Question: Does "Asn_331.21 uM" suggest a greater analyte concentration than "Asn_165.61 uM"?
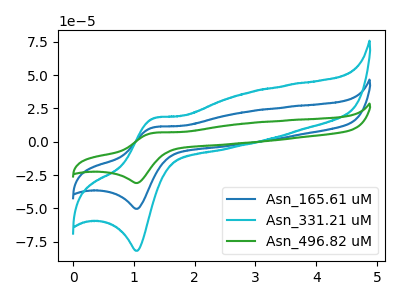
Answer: <think>The blue curve "Asn_165.61 uM" has an anodic peak at (1.35V, 10.90uA) and a cathodic peak at (1.05V, -50.30uA). The cyan curve "Asn_331.21 uM" has an anodic peak at (1.35V, 17.75uA) and a cathodic peak at (1.05V, -81.80uA). The green curve "Asn_496.82 uM" has an anodic peak at (1.35V, 21.85uA) and a cathodic peak at (1.05V, -100.60uA).
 All the peaks in "Asn_331.21 uM" have a peak in "Asn_165.61 uM" at the same potential. Every peak in "Asn_331.21 uM" is higher than every peak in "Asn_165.61 uM".</think>
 <answer>"Asn_331.21 uM" has more signal than "Asn_165.61 uM".</answer>
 <eval>more_signal</eval>